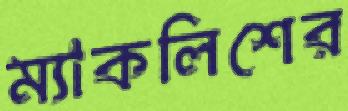
ম্যাকলিশের